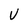
Character: V